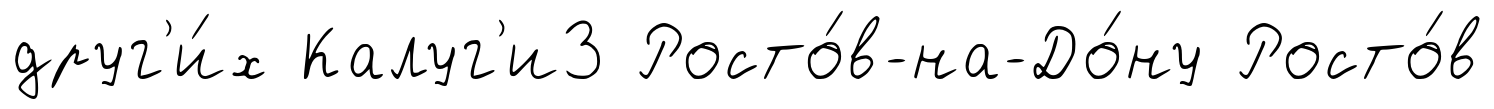
друг'и́х Калуг'и3 Росто́в-на-До́ну Росто́в